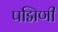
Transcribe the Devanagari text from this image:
पद्मिणी